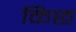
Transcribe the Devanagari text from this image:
किछ